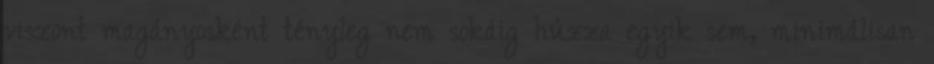
viszont magányosként tényleg nem sokáig húzza egyik sem, minimálisan